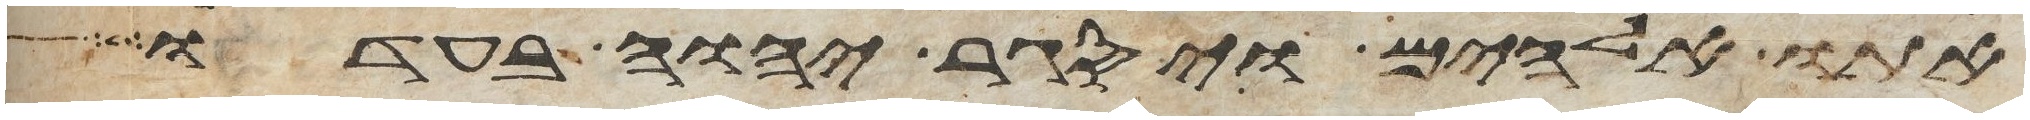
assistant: אתו אלהים ויסגר יהוה בעדו